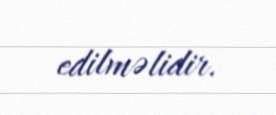
edilməlidir.